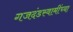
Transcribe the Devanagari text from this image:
गजदंडस्वामींच्या